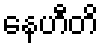
နေဟီတိ